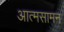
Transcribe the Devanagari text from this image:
आत्मसामन